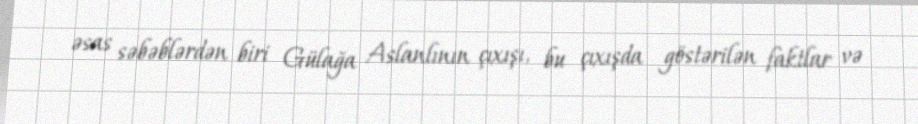
əsas səbəblərdən biri Gülağa Aslanlının çıxışı, bu çıxışda göstərilən faktlar və